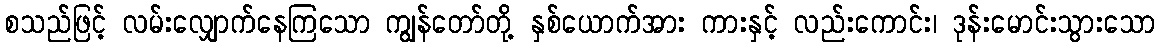
စသည်ဖြင့် လမ်းလျှောက်နေကြသော ကျွန်တော်တို့ နှစ်ယောက်အား ကားနှင့် လည်းကောင်း၊ ဒုန်းမောင်းသွားသော